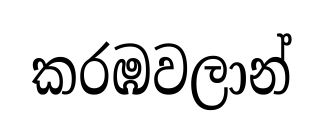
කරඹවලාන්